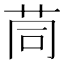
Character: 茼